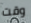
وقت